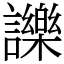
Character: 𧭥